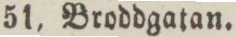
51, Broddgatan.